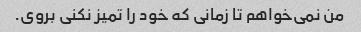
من نمی‌خواهم تا زمانی که خود را تمیز نکنی بروی.